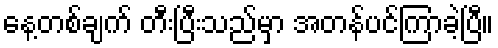
နေ့တစ်ချက် တီးပြီးသည်မှာ အတန်ပင်ကြာခဲ့ပြီ။